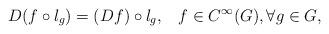
LaTeX: \begin{align*} D(f \circ l_g)=(Df) \circ l_g, \;\;\; f\in C^\infty(G), \forall g \in G,\end{align*}